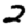
Digit: 2